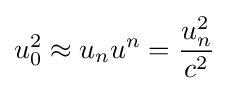
u_{0}^{2}\approx u_{n}u^{n}={\frac {u_{n}^{2}}{c^{2}}}